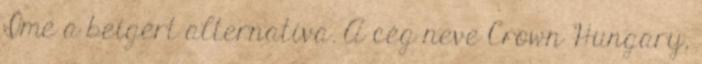
Íme a beígért alternatíva. A cég neve Crown Hungary,